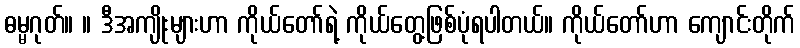
ဓမ္မဂုတ်။ ။ ဒီအကျိုးများဟာ ကိုယ်တော်ရဲ့ ကိုယ်တွေ့ဖြစ်ပုံရပါတယ်။ ကိုယ်တော်ဟာ ကျောင်းတိုက်